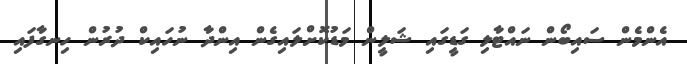
އެންމެން ސައިބޯން ނައްޓާލި ގަޑީގައި ޝަލީން މަޑުކޮށްލައިގެން އިންދާ ނުހައިކް ދުރުން ހިނގާފައި